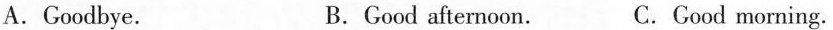
A.Goodbye. B.Good afternoon. C.Good morning.